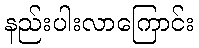
နည်းပါးလာကြောင်း